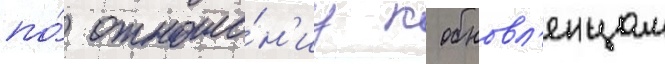
по́ отноше́н'иу к обновл'енцам